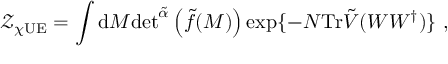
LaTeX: \mathcal { Z } _ { \chi \mathrm { U E } } = \int \mathrm { d } M \mathrm { d e t } ^ { \tilde { \alpha } } \left( \tilde { f } ( M ) \right) \exp \{ - N \mathrm { T r } \tilde { V } ( W W ^ { \dagger } ) \} \ ,